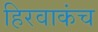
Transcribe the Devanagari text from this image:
हिरवाकंच